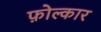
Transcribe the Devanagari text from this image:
फ़ोल्कार